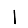
Digit: 1